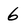
Character: 6